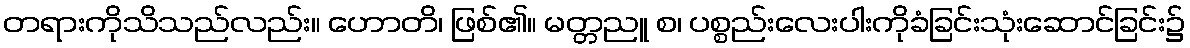
တရားကိုသိသည်လည်း။ ဟောတိ၊ ဖြစ်၏။ မတ္တညူ စ၊ ပစ္စည်းလေးပါးကိုခံခြင်းသုံးဆောင်ခြင်း၌